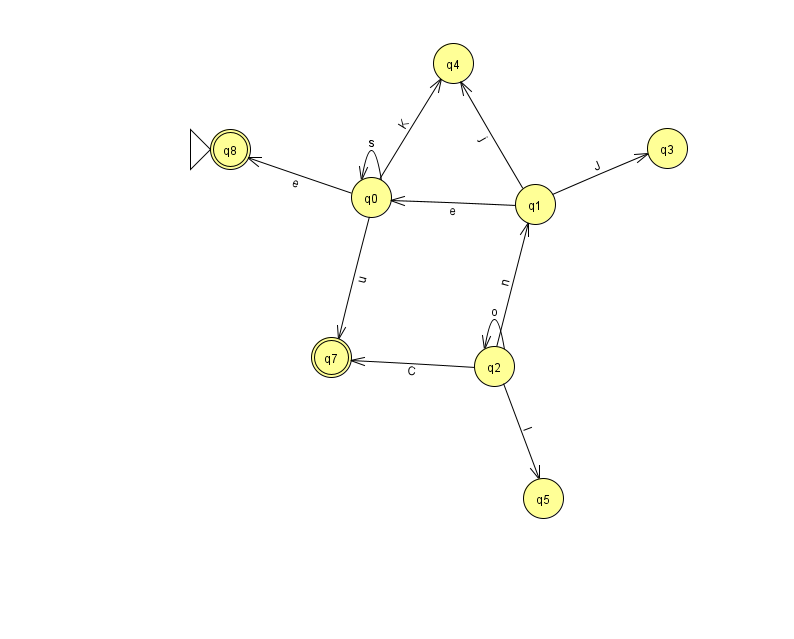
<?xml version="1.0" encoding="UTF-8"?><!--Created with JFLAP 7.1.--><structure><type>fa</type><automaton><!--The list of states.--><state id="0" name="q0"><x>371.0</x><y>184.0</y></state><state id="1" name="q1"><x>535.0</x><y>191.0</y></state><state id="2" name="q2"><x>494.0</x><y>353.0</y></state><state id="3" name="q3"><x>667.0</x><y>135.0</y></state><state id="4" name="q4"><x>453.0</x><y>50.0</y></state><state id="5" name="q5"><x>543.0</x><y>485.0</y></state><state id="7" name="q7"><x>331.0</x><y>344.0</y><final/></state><state id="8" name="q8"><x>230.0</x><y>136.0</y><initial/><final/></state><!--The list of transitions.--><transition><from>0</from><to>7</to><read>u</read></transition><transition><from>0</from><to>0</to><read>s</read></transition><transition><from>1</from><to>4</to><read>j</read></transition><transition><from>2</from><to>5</to><read>I</read></transition><transition><from>1</from><to>3</to><read>J</read></transition><transition><from>2</from><to>7</to><read>C</read></transition><transition><from>2</from><to>1</to><read>n</read></transition><transition><from>0</from><to>8</to><read>e</read></transition><transition><from>0</from><to>4</to><read>K</read></transition><transition><from>1</from><to>0</to><read>e</read></transition><transition><from>2</from><to>2</to><read>o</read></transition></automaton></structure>